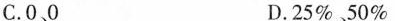
C.0、0 D.25%、50%